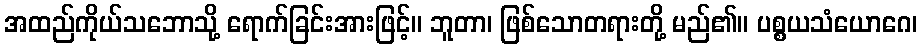
အထည်ကိုယ်သဘောသို့ ရောက်ခြင်းအားဖြင့်။ ဘူတာ၊ ဖြစ်သောတရားတို့ မည်၏။ ပစ္စယသံယောဂေ၊